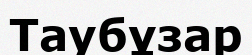
Таубұзар